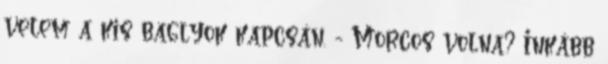
velem a kis baglyok kapcsán. - Morcos volna? Inkább